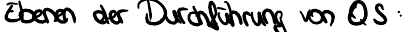
Ebenen der Durchführung von QS: